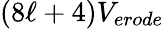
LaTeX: (8\ell+4)V_{erode}